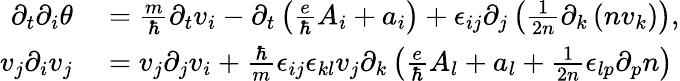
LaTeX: \begin{array}{rl}{\partial_{t}\partial_{i}\theta}&{{}=\frac{m}{\hbar}\partial_{t}v_{i}-\partial_{t}\left(\frac{e}{\hbar}A_{i}+a_{i}\right)+\epsilon_{ij}\partial_{j}\left(\frac{1}{2n}\partial_{k}\left(nv_{k}\right)\right),}\\ {v_{j}\partial_{i}v_{j}}&{{}=v_{j}\partial_{j}v_{i}+\frac{\hbar}{m}\epsilon_{ij}\epsilon_{kl}v_{j}\partial_{k}\left(\frac{e}{\hbar}A_{l}+a_{l}+\frac{1}{2n}\epsilon_{lp}\partial_{p}n\right)}\end{array}